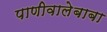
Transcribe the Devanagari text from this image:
पाणीवालेबाबा